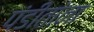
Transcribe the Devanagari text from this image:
पंडीतांना